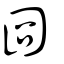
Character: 囧